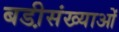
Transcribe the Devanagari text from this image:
बडी़संख्याओं